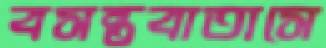
বসন্তবাতাসে